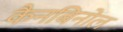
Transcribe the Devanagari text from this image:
कैनबिनोल